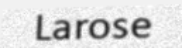
Larose